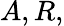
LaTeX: A,R,